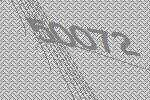
50072